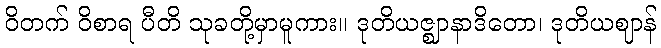
ဝိတက် ဝိစာရ ပီတိ သုခတို့မှာမူကား။ ဒုတိယဇ္ဈာနာဒိတော၊ ဒုတိယဈာန်